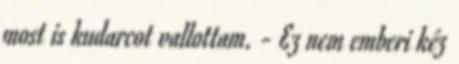
most is kudarcot vallottam. - Ez nem emberi kéz